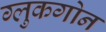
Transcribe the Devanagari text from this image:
ग्लुकगोन